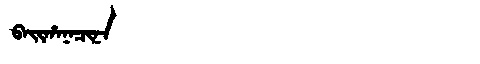
Manchu: ᠪᠠᡳᡥᠠᠨᠠᠴᡳᠨᠠ
Romanization: BAIHANACINA